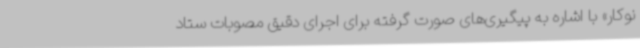
نوکار» با اشاره به پیگیری‌های صورت گرفته برای اجرای دقیق مصوبات ستاد